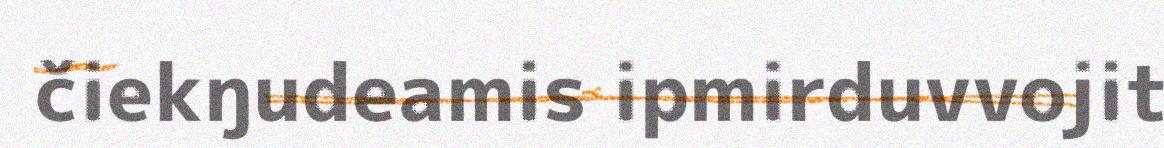
čiekŋudeamis ipmirduvvojit